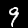
Digit: 9